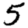
Digit: 5